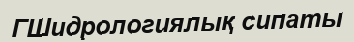
ГШидрологиялық сипаты